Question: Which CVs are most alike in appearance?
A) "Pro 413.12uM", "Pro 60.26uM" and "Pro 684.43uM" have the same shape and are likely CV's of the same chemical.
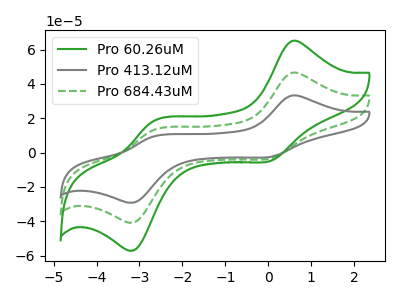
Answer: <think>The green curve "Pro 60.26uM" has anodic peaks at (0.55V, 93.00uA) (-2.70V, 26.00uA) and cathodic peaks at (0.05V, -6.85uA) (-3.10V, -81.15uA). The gray curve "Pro 413.12uM" has anodic peaks at (0.55V, 33.25uA) (-2.70V, 9.30uA) and cathodic peaks at (0.05V, -2.45uA) (-3.10V, -29.00uA). The green dashed curve "Pro 684.43uM" has anodic peaks at (0.55V, 46.50uA) (-2.70V, 13.00uA) and cathodic peaks at (0.05V, -3.40uA) (-3.10V, -40.60uA).
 All the peaks in "Pro 60.26uM" have a peak in "Pro 413.12uM" at the same potential. Every peak in "Pro 60.26uM" is higher than every peak in "Pro 413.12uM". All the peaks in "Pro 60.26uM" have a peak in "Pro 684.43uM" at the same potential. Every peak in "Pro 60.26uM" is higher than every peak in "Pro 684.43uM". All the peaks in "Pro 413.12uM" have a peak in "Pro 684.43uM" at the same potential. Every peak in "Pro 413.12uM" is lower than every peak in "Pro 684.43uM".</think>
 <answer>A) "Pro 413.12uM", "Pro 60.26uM" and "Pro 684.43uM" have the same shape and are likely CV's of the same chemical.</answer>
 <eval>A</eval>